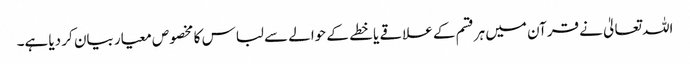
اللہ تعالیٰ نے قرآن میں ہرقسم کے علاقے یا خطے کے حوالے سے لباس کا مخصوص معیار بیان کر دیا ہے۔